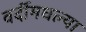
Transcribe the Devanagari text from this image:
वर्दीमधल्या